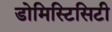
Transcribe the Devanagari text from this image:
डोमिस्टिसिटी